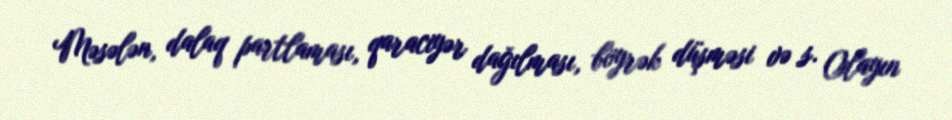
Məsələn, dalaq partlaması, qaraciyər dağılması, böyrək düşməsi və s. Olayın